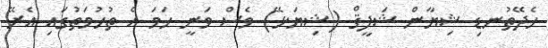
ހެދޭތުނޑި ޝިޔާން ޝަފީޤް (ޝިޔަޅޭ) ވެސް ވަނީ ހަމަ އެ ތުހުމަތުގައި އެރޭ